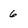
Character: 6